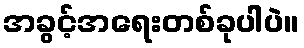
အခွင့်အရေးတစ်ခုပါပဲ။